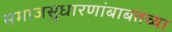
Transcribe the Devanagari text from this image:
समाजसुधारणांबाबतच्या